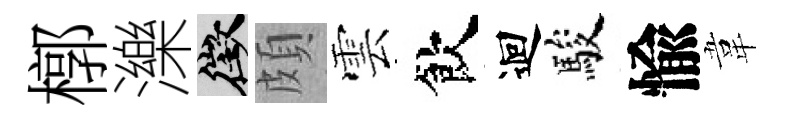
槨濼徵頗雲飲迴駿愉韋